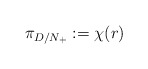
\begin{align*}\pi_{D/N_+} := \chi(r)\end{align*}